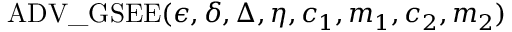
\mathrm { A D V \_ G S E E } ( \epsilon , \delta , \Delta , \eta , c _ { 1 } , m _ { 1 } , c _ { 2 } , m _ { 2 } )